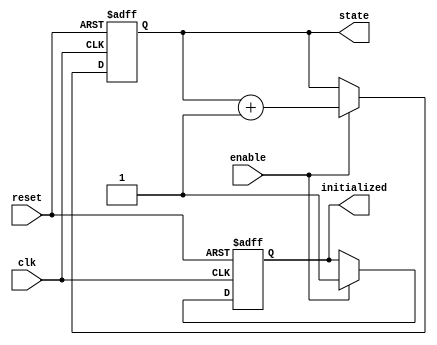
module ClockCycleInitialization (
    input wire clk,         // Clock signal
    input wire reset,       // Reset signal (active high)
    input wire enable,      // Enable signal
    output reg initialized, // Indicates if initialization is complete
    output reg [3:0] state  // Current state (4-bit for example)
);

    // Define the default state value
    localparam DEFAULT_STATE = 4'b0000;

    // State transition logic
    always @(posedge clk or posedge reset) begin
        if (reset) begin
            // On reset, set state to default and initialized to low
            state <= DEFAULT_STATE;
            initialized <= 1'b0;
        end else if (enable) begin
            // On clock edge, if enabled, perform state updates
            // Check if initialization is needed (first clock cycle after reset)
            if (!initialized) begin
                initialized <= 1'b1; // Set initialized flag
            end
            
            // Example state transition logic (this should be defined according to your application)
            // Here we'll just increment the state for demonstration purposes
            state <= state + 1; // Update state as per your design logic
        end
        // If enable is low, hold the current state and initialized flag
    end

endmodule